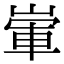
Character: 㟦